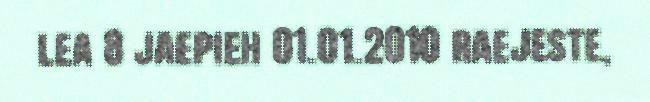
lea 8 jaepieh 01.01.2010 raejeste,